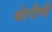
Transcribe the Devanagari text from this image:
बोगीची